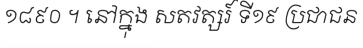
១៨៩០ ។ នៅក្នុង សតវត្សរ៍ ទី១៩ ប្រជាជន